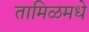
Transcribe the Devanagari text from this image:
तामिळमधे